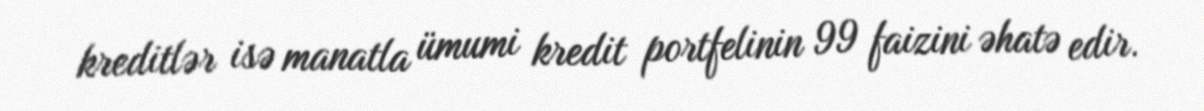
kreditlər isə manatla ümumi kredit portfelinin 99 faizini əhatə edir.